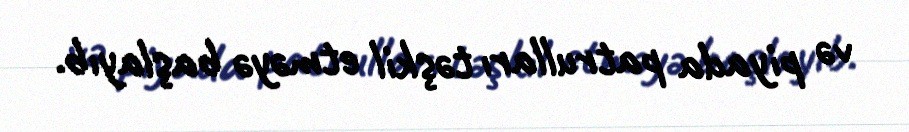
və piyada patrulları təşkil etməyə başlayıb.